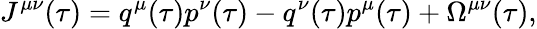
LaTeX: J^{\mu\nu}(\tau)=q^{\mu}(\tau)p^{\nu}(\tau)-q^{\nu}(\tau)p^{\mu}(\tau)+\Omega^{\mu\nu}(\tau),